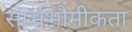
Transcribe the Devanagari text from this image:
सार्भभौमीकता